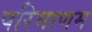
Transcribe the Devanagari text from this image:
परिमाणम